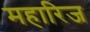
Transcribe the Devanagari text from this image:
महारिज